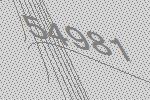
54981